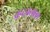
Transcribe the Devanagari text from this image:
चन्दनलाल